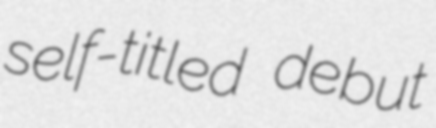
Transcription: self-titled debut